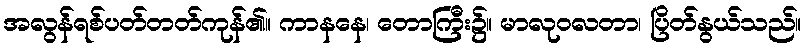
အလွန်ရစ်ပတ်တတ်ကုန်၏။ ကာနနေ၊ တောကြီး၌။ မာလုဝလတာ၊ ပြိတ်နွယ်သည်။